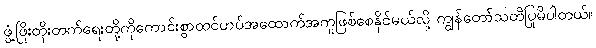
ဖွံ့ဖြိုးတိုးတက်ရေးတို့ကိုကောင်းစွာထင်ဟပ်အထောက်အကူဖြစ်စေနိုင်မယ်လို့ ကျွန်တော်သတိပြုမိပါတယ်။